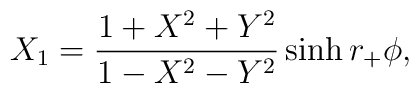
X_1 = {1+X^2+Y^2 \over 1-X^2-Y^2} \sinh r_+ \phi,